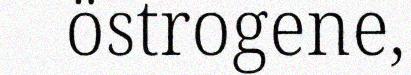
östrogene,